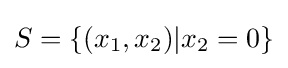
S=\{(x_{1},x_{2})|x_{2}=0\}